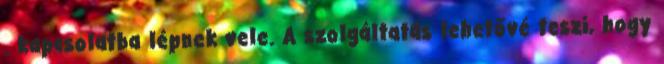
. kapcsolatba lépnek vele. A szolgáltatás lehetővé teszi, hogy